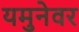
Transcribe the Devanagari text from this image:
यमुनेवर